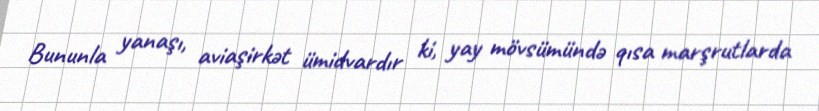
Bununla yanaşı, aviaşirkət ümidvardır ki, yay mövsümündə qısa marşrutlarda